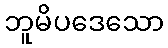
ဘူမိပဒေသော